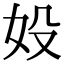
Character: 𡚾